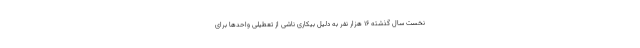
نخست سال گذشته ۱۶ هزار نفر به دلیل بیکاری ناشی از تعطیلی واحدها برای